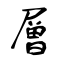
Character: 層